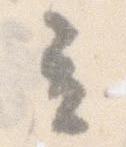
立